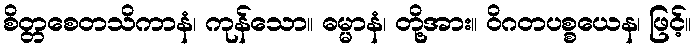
စိတ္တစေတသိကာနံ၊ ကုန်သော။ ဓမ္မာနံ၊ တို့အား။ ဝိဂတပစ္စယေန၊ ဖြင့်။